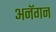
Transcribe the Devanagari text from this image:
अनॅगन